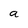
Character: a